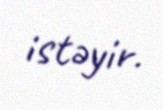
istəyir.